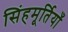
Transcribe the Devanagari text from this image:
सिंहमूर्तियाँ